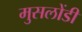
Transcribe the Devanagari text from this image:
मुसलोंडी